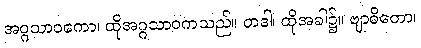
အဂ္ဂသာဝကော၊ ထိုအဂ္ဂသာဝကသည်။ တဒါ၊ ထိုအခါ၌။ ဗျာဓိတော၊